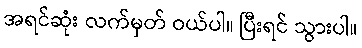
အရင်ဆုံး လက်မှတ် ဝယ်ပါ။ ပြီးရင် သွားပါ။